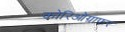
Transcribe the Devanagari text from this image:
कोरिओग्राफर